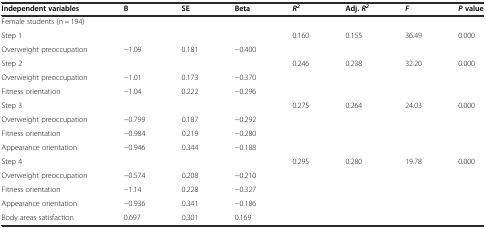
| Independent variables | B | SE | Beta | R2 | Adj.R2 | F | Pvalue |
 | --- | --- | --- | --- | --- | --- | --- | --- |
 | <COLSPAN=8> Female students (n = 194) |
 | Step 1 |  |  |  | 0.160 | 0.155 | 36.49 | 0.000 |
 | Overweight preoccupation | −1.09 | 0.181 | −0.400 |  |  |  |  |
 | Step 2 |  |  |  | 0.246 | 0.238 | 32.20 | 0.000 |
 | Overweight preoccupation | −1.01 | 0.173 | −0.370 |  |  |  |  |
 | Fitness orientation | −1.04 | 0.222 | −0.296 |  |  |  |  |
 | Step 3 |  |  |  | 0.275 | 0.264 | 24.03 | 0.000 |
 | Overweight preoccupation | −0.799 | 0.187 | −0.292 | <ROWSPAN=2>  | <ROWSPAN=2>  | <ROWSPAN=2>  | <ROWSPAN=2>  |
 | Fitness orientation | −0.984 | 0.219 | −0.280 |
 | Appearance orientation | −0.946 | 0.344 | −0.188 |  |  |  |  |
 | Step 4 |  |  |  | 0.295 | 0.280 | 19.78 | 0.000 |
 | Overweight preoccupation | −0.574 | 0.208 | −0.210 |  |  |  |  |
 | Fitness orientation | −1.14 | 0.228 | −0.327 |  |  |  |  |
 | Appearance orientation | −0.936 | 0.341 | −0.186 |  |  |  |  |
 | Body areas satisfaction | 0.697 | 0.301 | 0.169 |  |  |  |  |